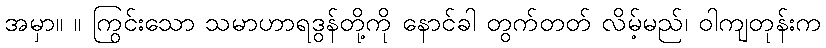
အမှာ။ ။ ကြွင်းသော သမာဟာရဒွန်တို့ကို နောင်ခါ တွက်တတ် လိမ့်မည်၊ ဝါကျတုန်းက